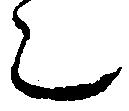
之